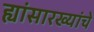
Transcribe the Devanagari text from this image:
ह्यांसारख्यांचे